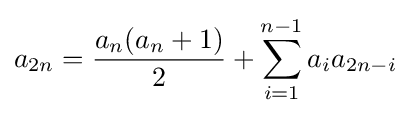
a_{2n}={\frac {a_{n}(a_{n}+1)}{2}}+\sum _{i=1}^{n-1}a_{i}a_{2n-i}